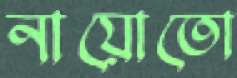
নায়োতো